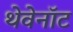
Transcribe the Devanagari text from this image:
थेवेनॉट